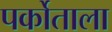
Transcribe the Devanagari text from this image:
पर्कोताला